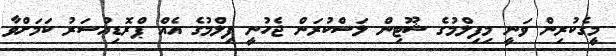
މީގެކުރިން ވަނީ މިފިލްމުގެ ޝޫޓިން ލަސްކުރަން ޖެހުނީ ފިލްމުގެ އެއް ޕްރޮޑިއުސަރު ކަމަށްވާ